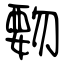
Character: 覅